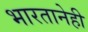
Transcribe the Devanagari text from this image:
भारतानेही